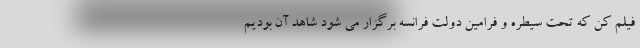
فیلم کن که تحت سیطره و فرامین دولت فرانسه برگزار می شود شاهد آن بودیم